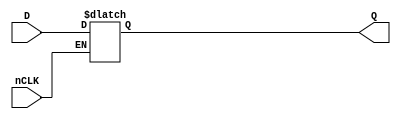
module GP_DLATCH(input D, input nCLK, output reg Q);
	parameter [0:0] INIT = 1'bx;
	initial Q = INIT;
	always @(*) begin
		if(!nCLK)
			Q <= D;
	end
endmodule